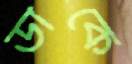
ডাকে